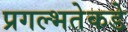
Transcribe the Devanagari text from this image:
प्रगल्‍भतेकडे